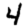
Digit: 4